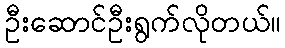
ဦးဆောင်ဦးရွက်လိုတယ်။